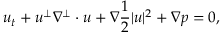
u _ { t } + u ^ { \perp } \nabla ^ { \perp } \cdot u + \nabla \frac { 1 } { 2 } | u | ^ { 2 } + \nabla p = 0 ,